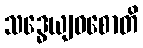
သဒ္ဓေယျဝစောတိ